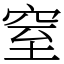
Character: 窒